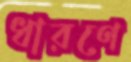
ধারণে